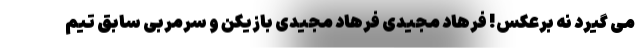
می گیرد نه برعکس! فرهاد مجیدی فرهاد مجیدی بازیکن و سرمربی سابق تیم